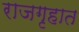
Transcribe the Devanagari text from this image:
राजगृहात